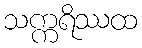
သက္ကရိဿထ